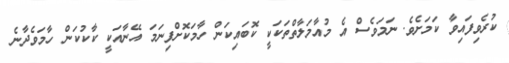
ކުރެވިފައިވާ ކަމަށެވެ. ނަމަވެސް އެ މުއާމަލާތްތަކަކީ ކޮބައިކަން ހާމަކޮށްފިނަމަ އޭނާއަކީ ކާކުކަން ހާމަވެދާނެ